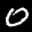
Label: 0